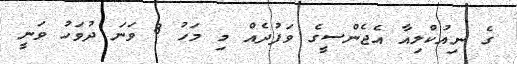
ގެ ނިއުކްލިއާ އެޖެންސީގެ ވަފުދެއް މި މަހު 8 ވަނަ ދުވަހު ވަނީ